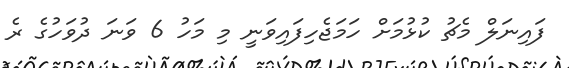
ފައިނަލް މެޗު ކުޅުމަށް ހަމަޖެހިފައިވަނީ މި މަހު 6 ވަނަ ދުވަހުގެ ރެ